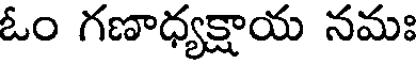
ఓం గణాధ్యక్షాయ నమః